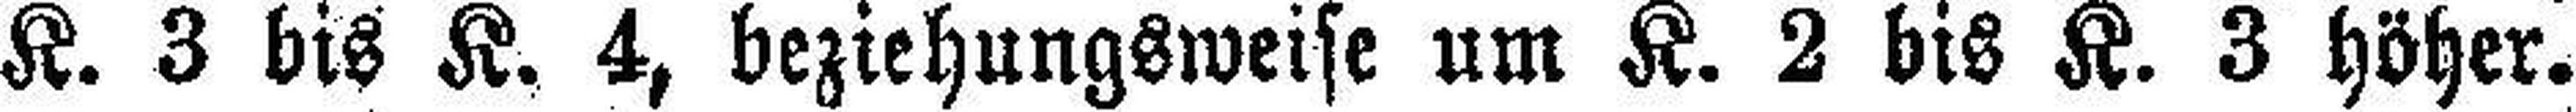
K. 3 bis K. 4, beziehungsweise um K. 2 bis K. 3 höher.